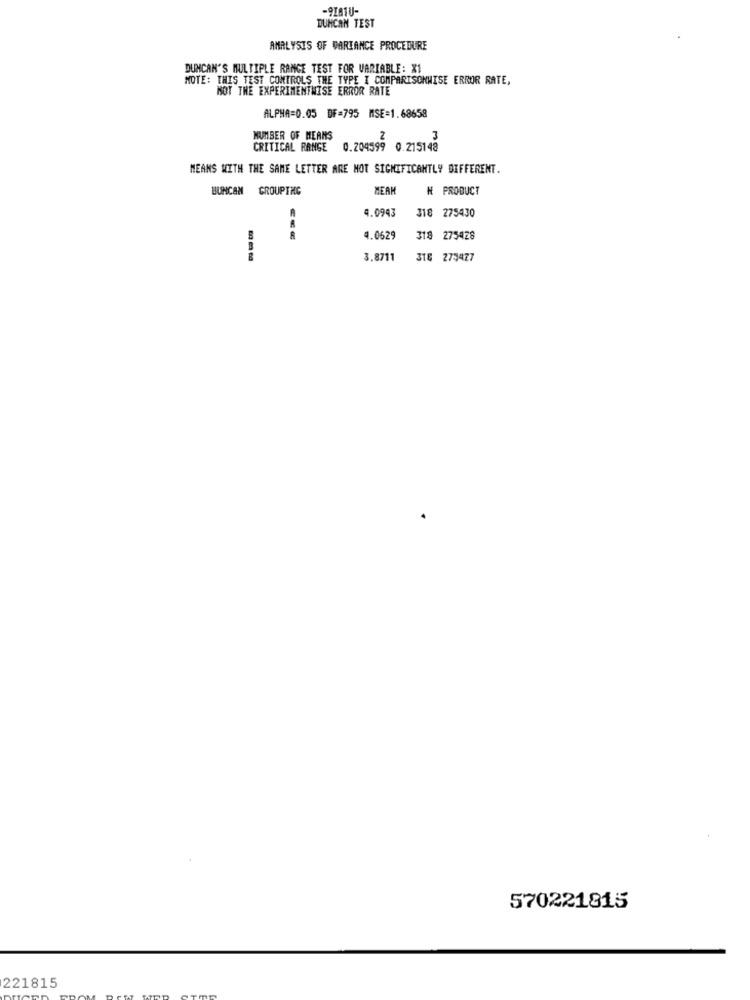
-9I81U-
DUNCAN TEST
ANALYSIS OF VARIANCE PROCEDURE
DUNCAN'S MULTIPLE RANGE TEST FOR VARIABLE: X1
NOTE: THIS TEST CONTROLS THE TYPE I COMPARISONMISE ERROR RATE,
NOT THE EXPERIMENTMISE ERROR RATE
ALPHA=0.05 DF=795 MSE=1.68658
NUMBER OF MEANS
2
CRITICAL RANGE
0.204599 0.215148
MEANS WITH THE SAME LETTER ARE MOT SIGNIFICANTLY DIFFERENT.
BUNCAN GROUPING
MEAM
N PRODUCT
4.0943
318 275430
4.0629
318 275428
3.8711
318 273477
570221815
221815